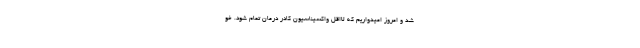
شد و امروز امیدواریم که لااقل واکسیناسیون کادر درمان تمام شود. خو